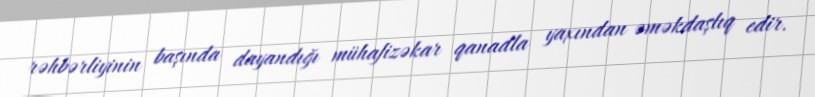
rəhbərliyinin başında dayandığı mühafizəkar qanadla yaxından əməkdaşlıq edir.